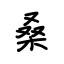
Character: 桑